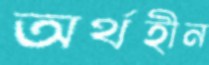
অর্থহীন